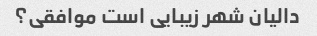
دالیان شهر زیبایی است موافقی؟